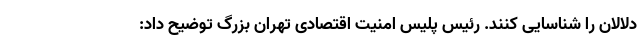
دلالان را شناسایی کنند. رئیس پلیس امنیت اقتصادی تهران بزرگ توضیح داد: